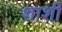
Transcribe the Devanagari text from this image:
शाशी